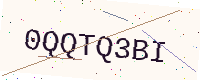
Text: 0QQTQ3BI